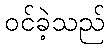
ဝင်ခဲ့သည်